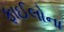
ફાઈલોના